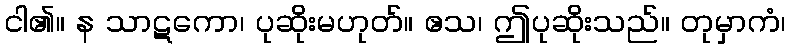
ငါ၏။ န သာဋကော၊ ပုဆိုးမဟုတ်။ ဧသ၊ ဤပုဆိုးသည်။ တုမှာကံ၊